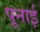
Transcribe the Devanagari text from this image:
पूनाई